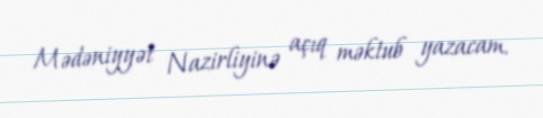
Mədəniyyət Nazirliyinə açıq məktub yazacam.